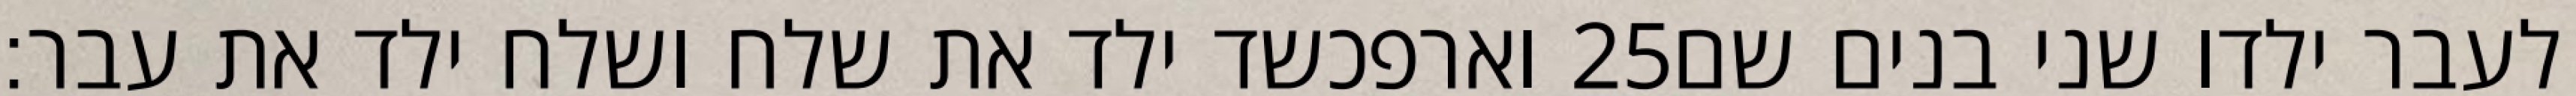
וארפכשד ילד את שלח ושלח ילד את עבר׃ ‎25‏ לעבר ילדו שני בנים שם